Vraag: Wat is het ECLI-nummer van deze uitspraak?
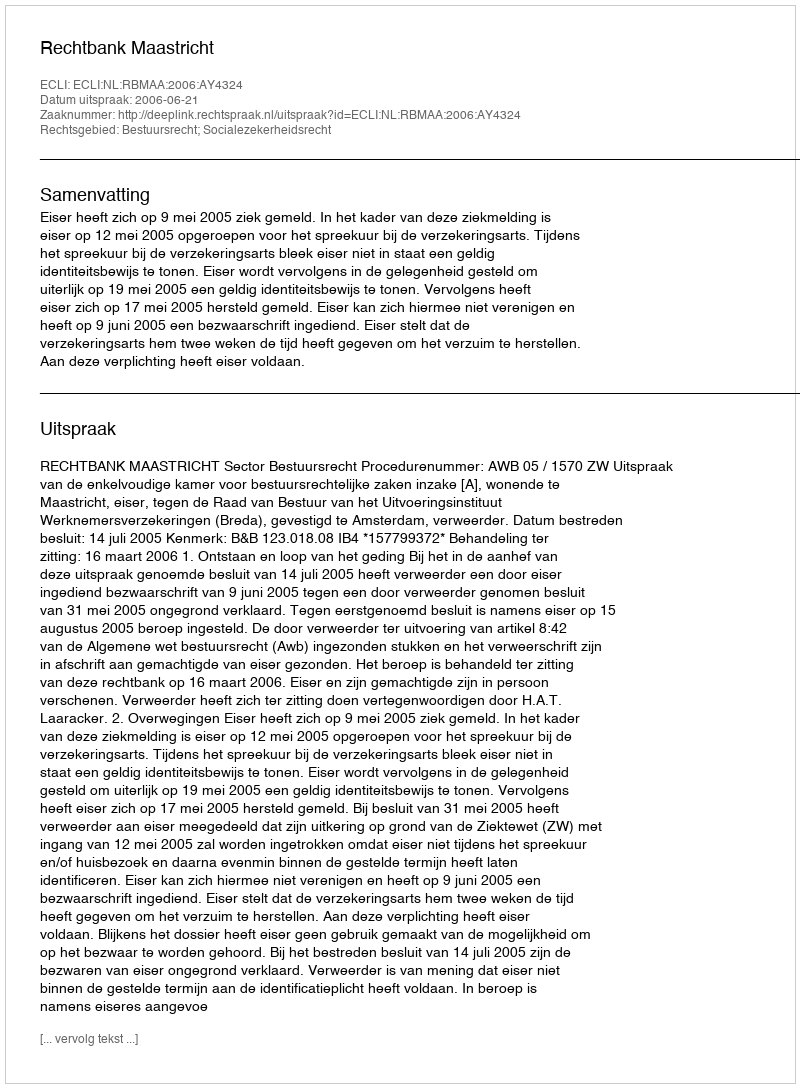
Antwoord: ECLI:NL:RBMAA:2006:AY4324